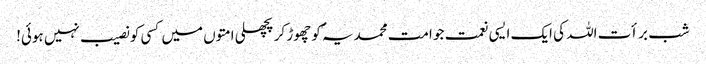
شب برأت اللہ کی ایک ایسی نعمت جو امت محمدیہ ؐکو چھوڑ کر پچھلی امتوں میں کسی کو نصیب نہیں ہوئی!